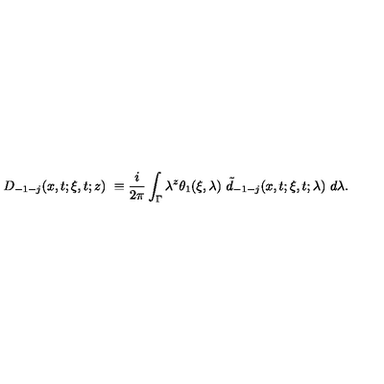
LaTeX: D _ { - 1 - j } ( x , t ; \xi , t ; z ) \ \equiv \frac i { 2 \pi } \int _ { \Gamma } \lambda ^ { z } \theta _ { 1 } ( \xi , \lambda ) \ \tilde { d } _ { - 1 - j } ( x , t ; \xi , t ; \lambda ) \ d \lambda .